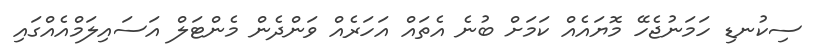
ސިކުނޑި ހަމަނުޖެހޭ މޮޔައެއް ކަމަށް ބުނެ އެތައް އަހަރެއް ވަންދެން މެންޓަލް އަސައިލަމްއެއްގައި